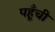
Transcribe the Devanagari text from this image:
पहूँची